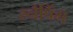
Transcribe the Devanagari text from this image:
स्नैपिंग